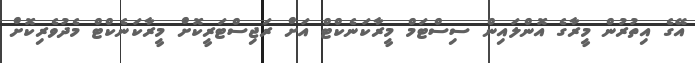
އޭގެ އިތުރުން މީރާގެ އޮންލައިން ސިސްޓަމް މީރާކަނެކްޓް އަށް ރަޖިސްޓަރީކޮށް މީރާކަނެކްޓް މެދުވެރިކޮށް